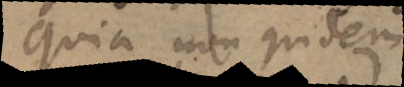
Quia non quidem